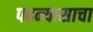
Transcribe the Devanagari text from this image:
पदन्यासाचा